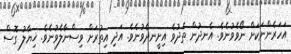
އަހަރެންނަކަށް ނޯވެވުނެވެ. އެނދުން ތެދުވެ އިށީނދެވުނެވެ. އަދި އިތުރަށް ވިސްނާލެވުނެވެ. ޚިޔާލު ގޮސް